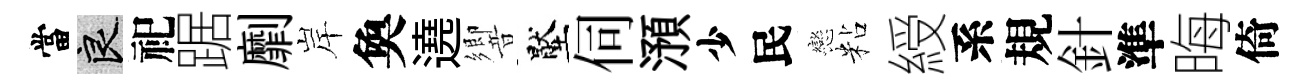
當良祀踞劘岸奐遶響壓伺澦少民戀粘綬系規針準晦倚